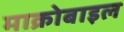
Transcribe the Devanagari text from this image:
माक्रोबाइल